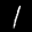
Label: 1